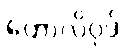
ဟောလိဝုဒ်